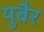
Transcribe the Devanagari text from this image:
युबैर